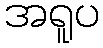
အရူပ